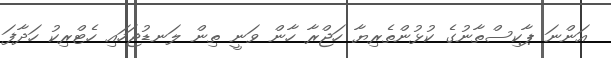
އަންނަ ޕާކިސްތާނުގެ ކުޅުންތެރިޔާ ހަޖްރާ ހާން ވަނީ ތިން ލަނޑުޖަހައި ހެޓްރިކު ހަދާފަ